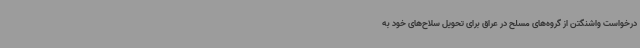
درخواست واشنگتن از گروه‌های مسلح در عراق برای تحویل سلاح‌های خود به